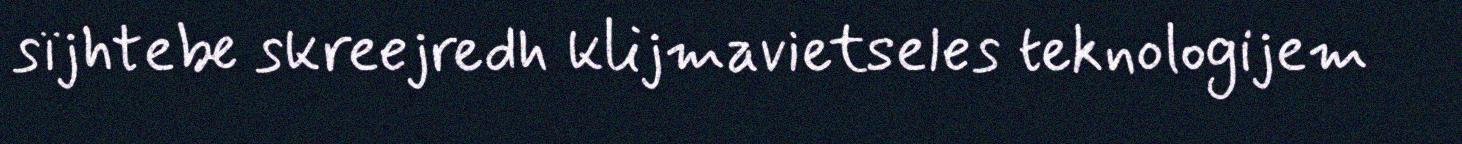
sïjhtebe skreejredh klijmavietseles teknologijem